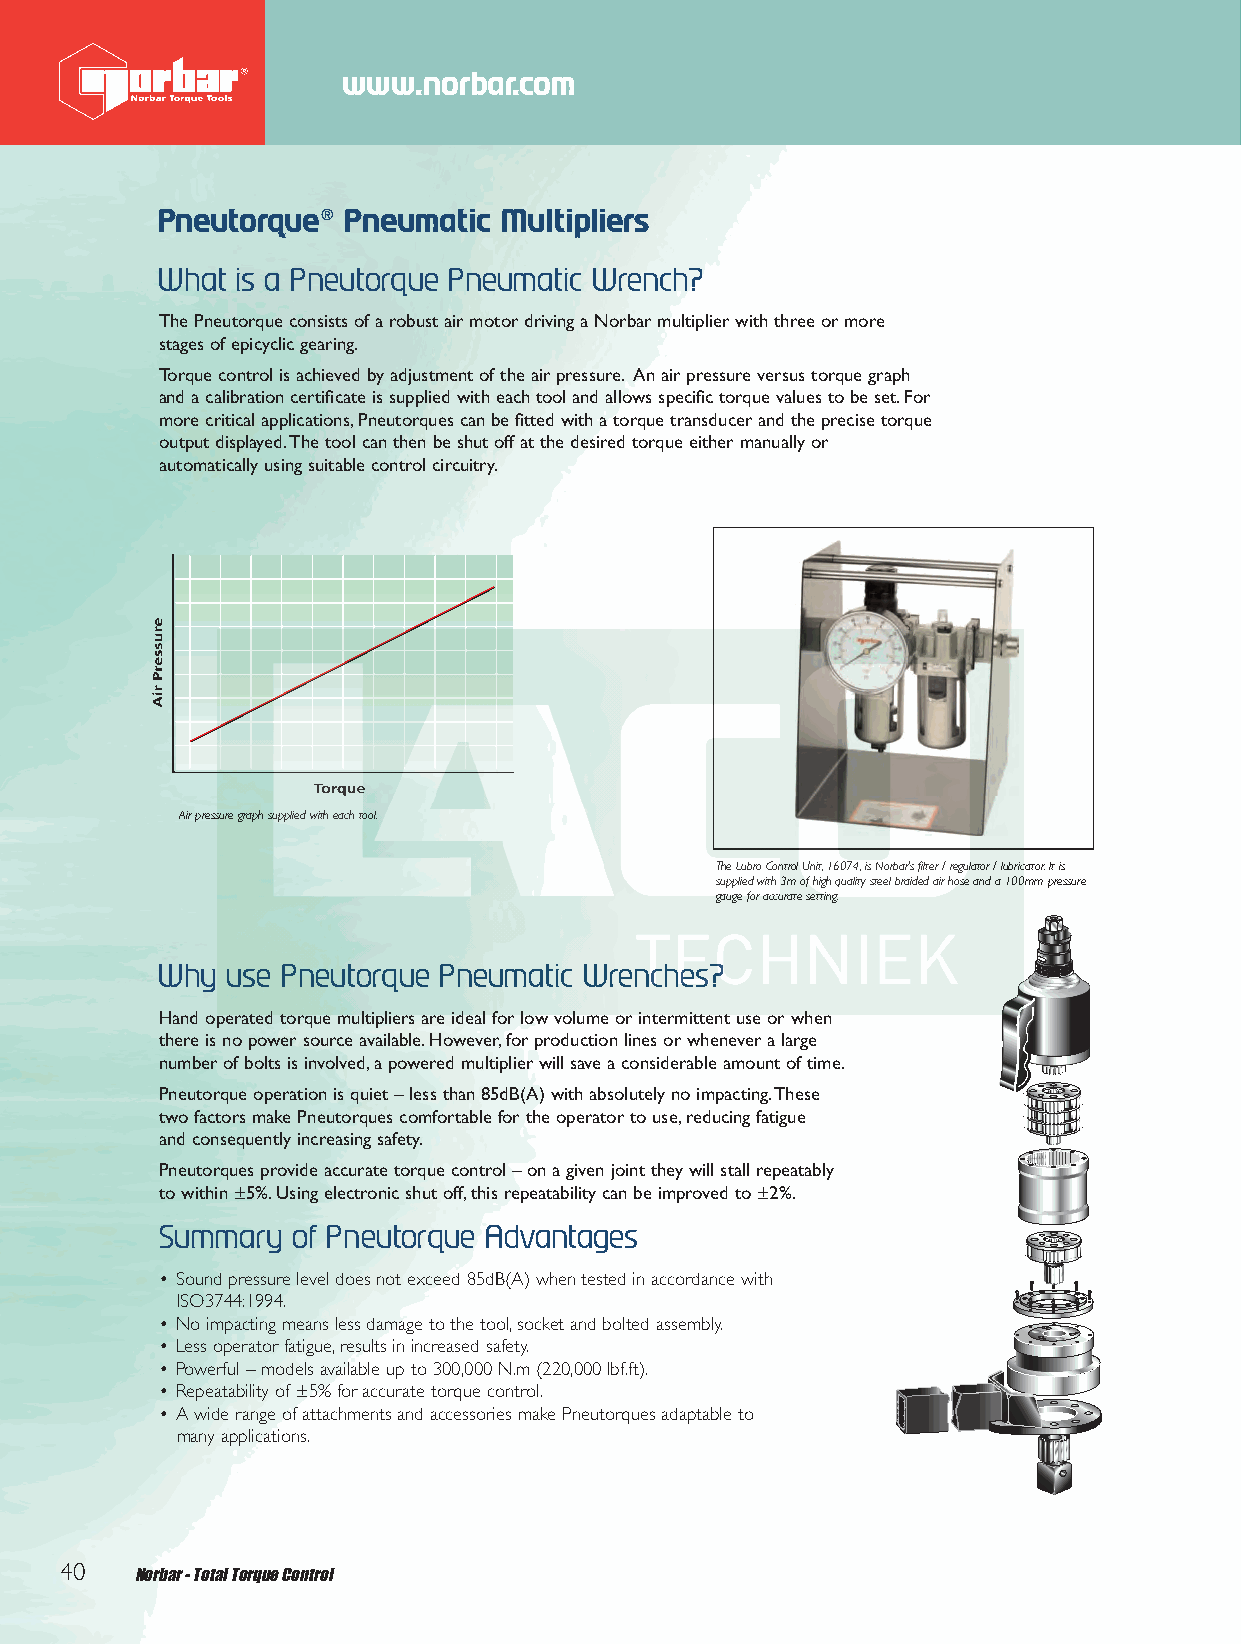
Middle 2012 Q6.qxd 30/10/12 9:27 am Page 38
 www.norbar.com
 Pneutorque®  Pneumatic Multipliers
 What  is a Pneutorque Pneumatic Wrench?
 The Pneutorque consists of a robust air motor driving a Norbar multiplier with three or more
 stages of epicyclic gearing.
 Torque control is achieved by adjustment of the air pressure. An air pressure versus torque graph
 and a calibration certificate is supplied with each tool and allows specific torque values to be set.For
 more critical applications,Pneutorques can be fitted with a torque transducer and the precise torque
 output displayed.The tool can then be shut off at the desired torque either manually or
 automatically using suitable control circuitry.
 Air pressure graph supplied with each tool.
 The Lubro Control Unit,16074,is Norbar’s filter / regulator / lubricator.It is
 supplied with 3m of high quality steel braided air hose and a 100mm pressure
 gauge for accurate setting.
 Why  use Pneutorque Pneumatic Wrenches?
 Hand operated torque multipliers are ideal for low volume or intermittent use or when
 there is no power source available.However,for production lines or whenever a large
 number of bolts is involved,a powered multiplier will save a considerable amount of time.
 Pneutorque operation is quiet – less than 85dB(A) with absolutely no impacting.These
 two factors make Pneutorques comfortable for the operator to use,reducing fatigue
 and consequently increasing safety.
 Pneutorques provide accurate torque control – on a given joint they will stall repeatably
 to within ±5%.Using electronic shut off,this repeatability can be improved to ±2%.
 Summary  of Pneutorque Advantages
 • Sound pressure level does not exceed 85dB(A) when tested in accordance with
 ISO3744:1994.
 • No impacting means less damage to the tool,socket and bolted assembly.
 • Less operator fatigue,results in increased safety.
 • Powerful – models available up to 300,000 N.m (220,000 lbf.ft).
 • Repeatability of ±5% for accurate torque control.
 • A wide range of attachments and accessories make Pneutorques adaptable to
 many applications.
 40   Norbar - Total Torque Control